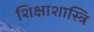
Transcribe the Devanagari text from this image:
शिक्षाशास्त्रि